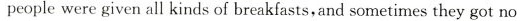
people were given all kinds of breakfasts,and sometimes they got no